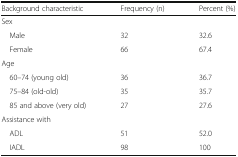
<table><thead><tr><td><b>Background characteristic</b></td><td><b>Frequency (n)</b></td><td><b>Percent (%)</b></td></tr></thead><tbody><tr><td colspan="3">Sex</td></tr><tr><td> Male</td><td>32</td><td>32.6</td></tr><tr><td> Female</td><td>66</td><td>67.4</td></tr><tr><td colspan="3">Age</td></tr><tr><td> 60–74 (young old)</td><td>36</td><td>36.7</td></tr><tr><td> 75–84 (old-old)</td><td>35</td><td>35.7</td></tr><tr><td> 85 and above (very old)</td><td>27</td><td>27.6</td></tr><tr><td colspan="3">Assistance with</td></tr><tr><td> ADL</td><td>51</td><td>52.0</td></tr><tr><td> IADL</td><td>98</td><td>100</td></tr></tbody></table>